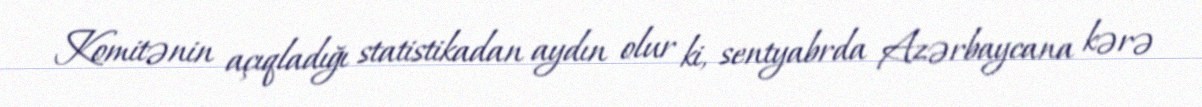
Komitənin açıqladığı statistikadan aydın olur ki, sentyabrda Azərbaycana kərə